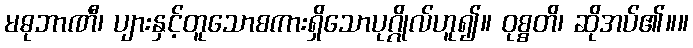
မဓုဘာဏီ၊ ပျားနှင့်တူသောစကားရှိသောပုဂ္ဂိုလ်ဟူ၍။ ဝုစ္စတိ၊ ဆိုအပ်၏။။